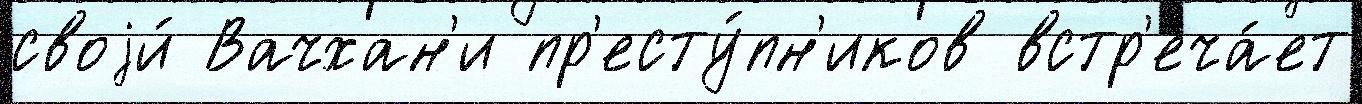
своjи́ Вачхан'и пр'есту́пн'иков встр'еча́ет